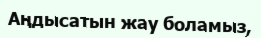
Аңдысатын жау боламыз,